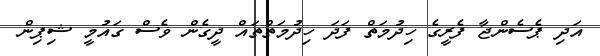
އަދި ޕެސެންޖާ ފެރީގެ ހިދުމަތް ފަދަ ހިދުމަތްތައް ދީގެން ވެސް ގައުމީ ޝިޕިން